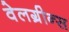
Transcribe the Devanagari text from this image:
वेलग्रीन्स